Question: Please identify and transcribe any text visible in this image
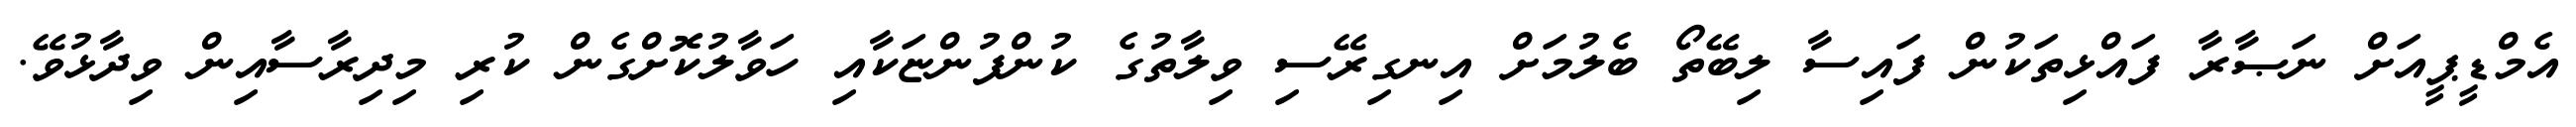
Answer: އެމްޑީޕީއަށް ނަޞާރާ ފައްޅިތަކުން ފައިސާ ލިބޭތޯ ބެލުމަށް އިނގިރޭސި ވިލާތުގެ ކުންފުންޏަކާއި ހަވާލުކޮށްގެން ކުރި މިދިރާސާއިން ވިދާޅުވޭ.